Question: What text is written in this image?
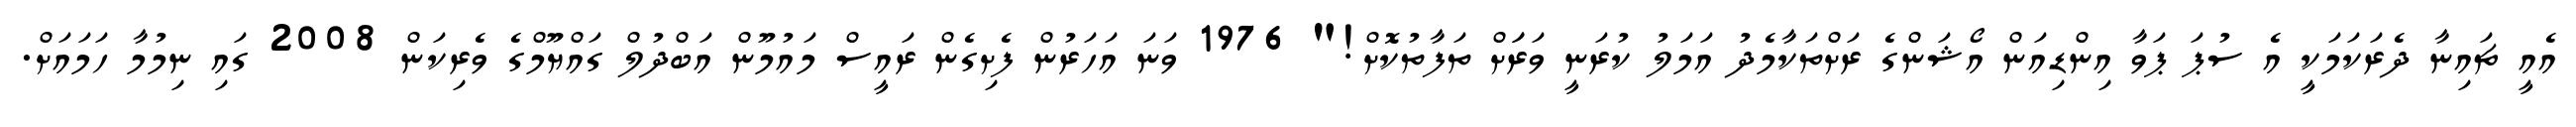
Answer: އެއީ ޗައިނާ ދެރަކަމަކީ އެ ސުޕަ ޕަވާ އިންޑިއަން އޯޝަންގެ ރަށްތަކާމެދު އަމަލު ކުރަނީ ވަރަަށް ތަފާތުކޮށް!" 1976 ވަނަ އަހަރުން ފެށިގެން ރައީސް މައުމޫން އަބްދުލް ގައްޔޫމްގެ ވެރިކަން 2008 ގައި ނިމުމާ ހަމައަށް.